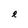
Character: e